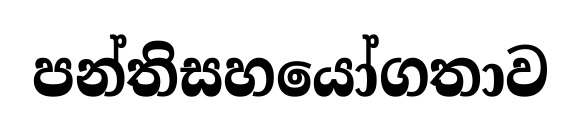
පන්තිසහයෝගතාව